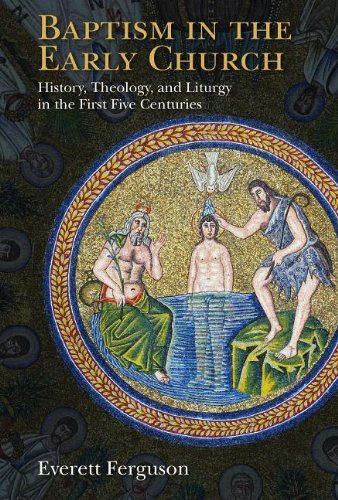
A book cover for Baptism in the Early Church: History, Theology, and Liturgy in the First Five Centuries; Everett Ferguson; Christian Books & Bibles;